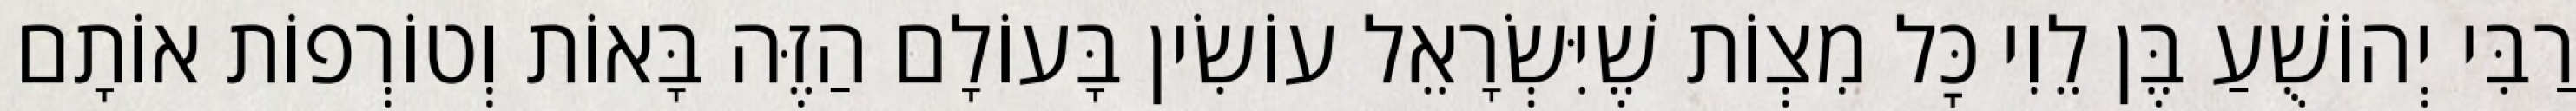
רַבִּי יְהוֹשֻׁעַ בֶּן לֵוִי כׇּל מִצְוֹת שֶׁיִּשְׂרָאֵל עוֹשִׂין בָּעוֹלָם הַזֶּה בָּאוֹת וְטוֹרְפוֹת אוֹתָם